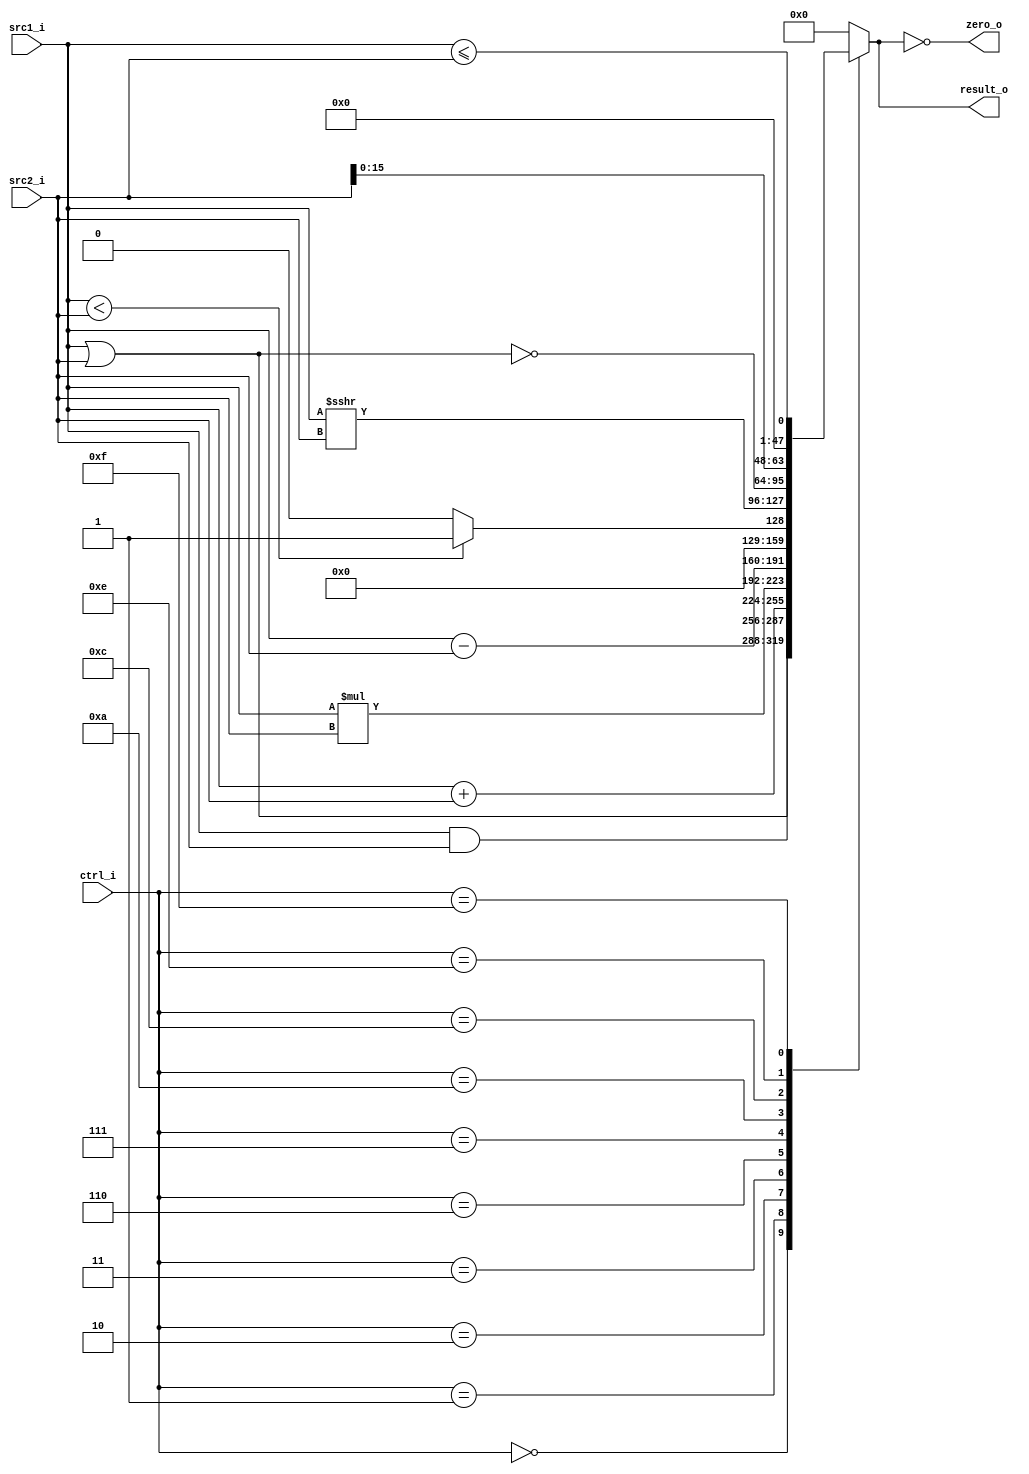
module ALU(
    src1_i,
	src2_i,
	ctrl_i,
	result_o,
	zero_o
	);
     
//I/O ports
input signed [32-1:0]  src1_i;
input signed [32-1:0]	 src2_i;
input  [4-1:0]   ctrl_i;

output [32-1:0]	 result_o;
output           zero_o;

//Internal signals
reg    [32-1:0]  result_o;
wire             zero_o;

//Parameter

//Main function
assign zero_o = (result_o == 0);
always @(*) begin
    case (ctrl_i)
        0: result_o <= src1_i & src2_i;
        1: result_o <= src1_i | src2_i;
        2: result_o <= src1_i + src2_i;
        3: result_o <= src1_i * src2_i;
        6: result_o <= src1_i - src2_i;
        7: result_o <= src1_i < src2_i ? 1 : 0;
        10: result_o <= (src1_i) >>> (src2_i);
        12: result_o <= ~(src1_i | src2_i);
        14: result_o <= src2_i << 16;
        15: result_o <= (src1_i <= src2_i);
        default: result_o <= 0;
    endcase
end
endmodule